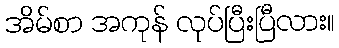
အိမ်စာ အကုန် လုပ်ပြီးပြီလား။